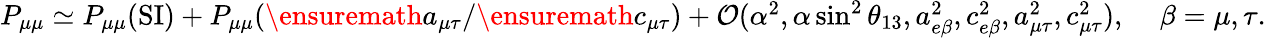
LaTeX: \begin{array}{r}{P_{\mu\mu}\simeq P_{\mu\mu}(\mathrm{SI})+P_{\mu\mu}(\ensuremath{a_{\mu\tau}}/\ensuremath{c_{\mu\tau}})+\mathcal{O}(\alpha^{2},\alpha\sin^{2}\theta_{13},a_{e\beta}^{2},c_{e\beta}^{2},a_{\mu\tau}^{2},c_{\mu\tau}^{2}),\, \, \, \, \, \, \, \beta=\mu,\tau.}\end{array}